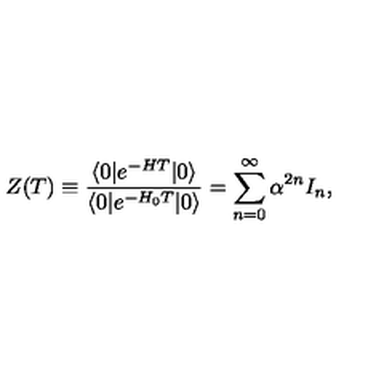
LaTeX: Z ( T ) \equiv { \frac { \langle 0 | e ^ { - H T } | 0 \rangle } { \langle 0 | e ^ { - H _ { 0 } T } | 0 \rangle } } = \sum _ { n = 0 } ^ { \infty } \alpha ^ { 2 n } I _ { n } ,